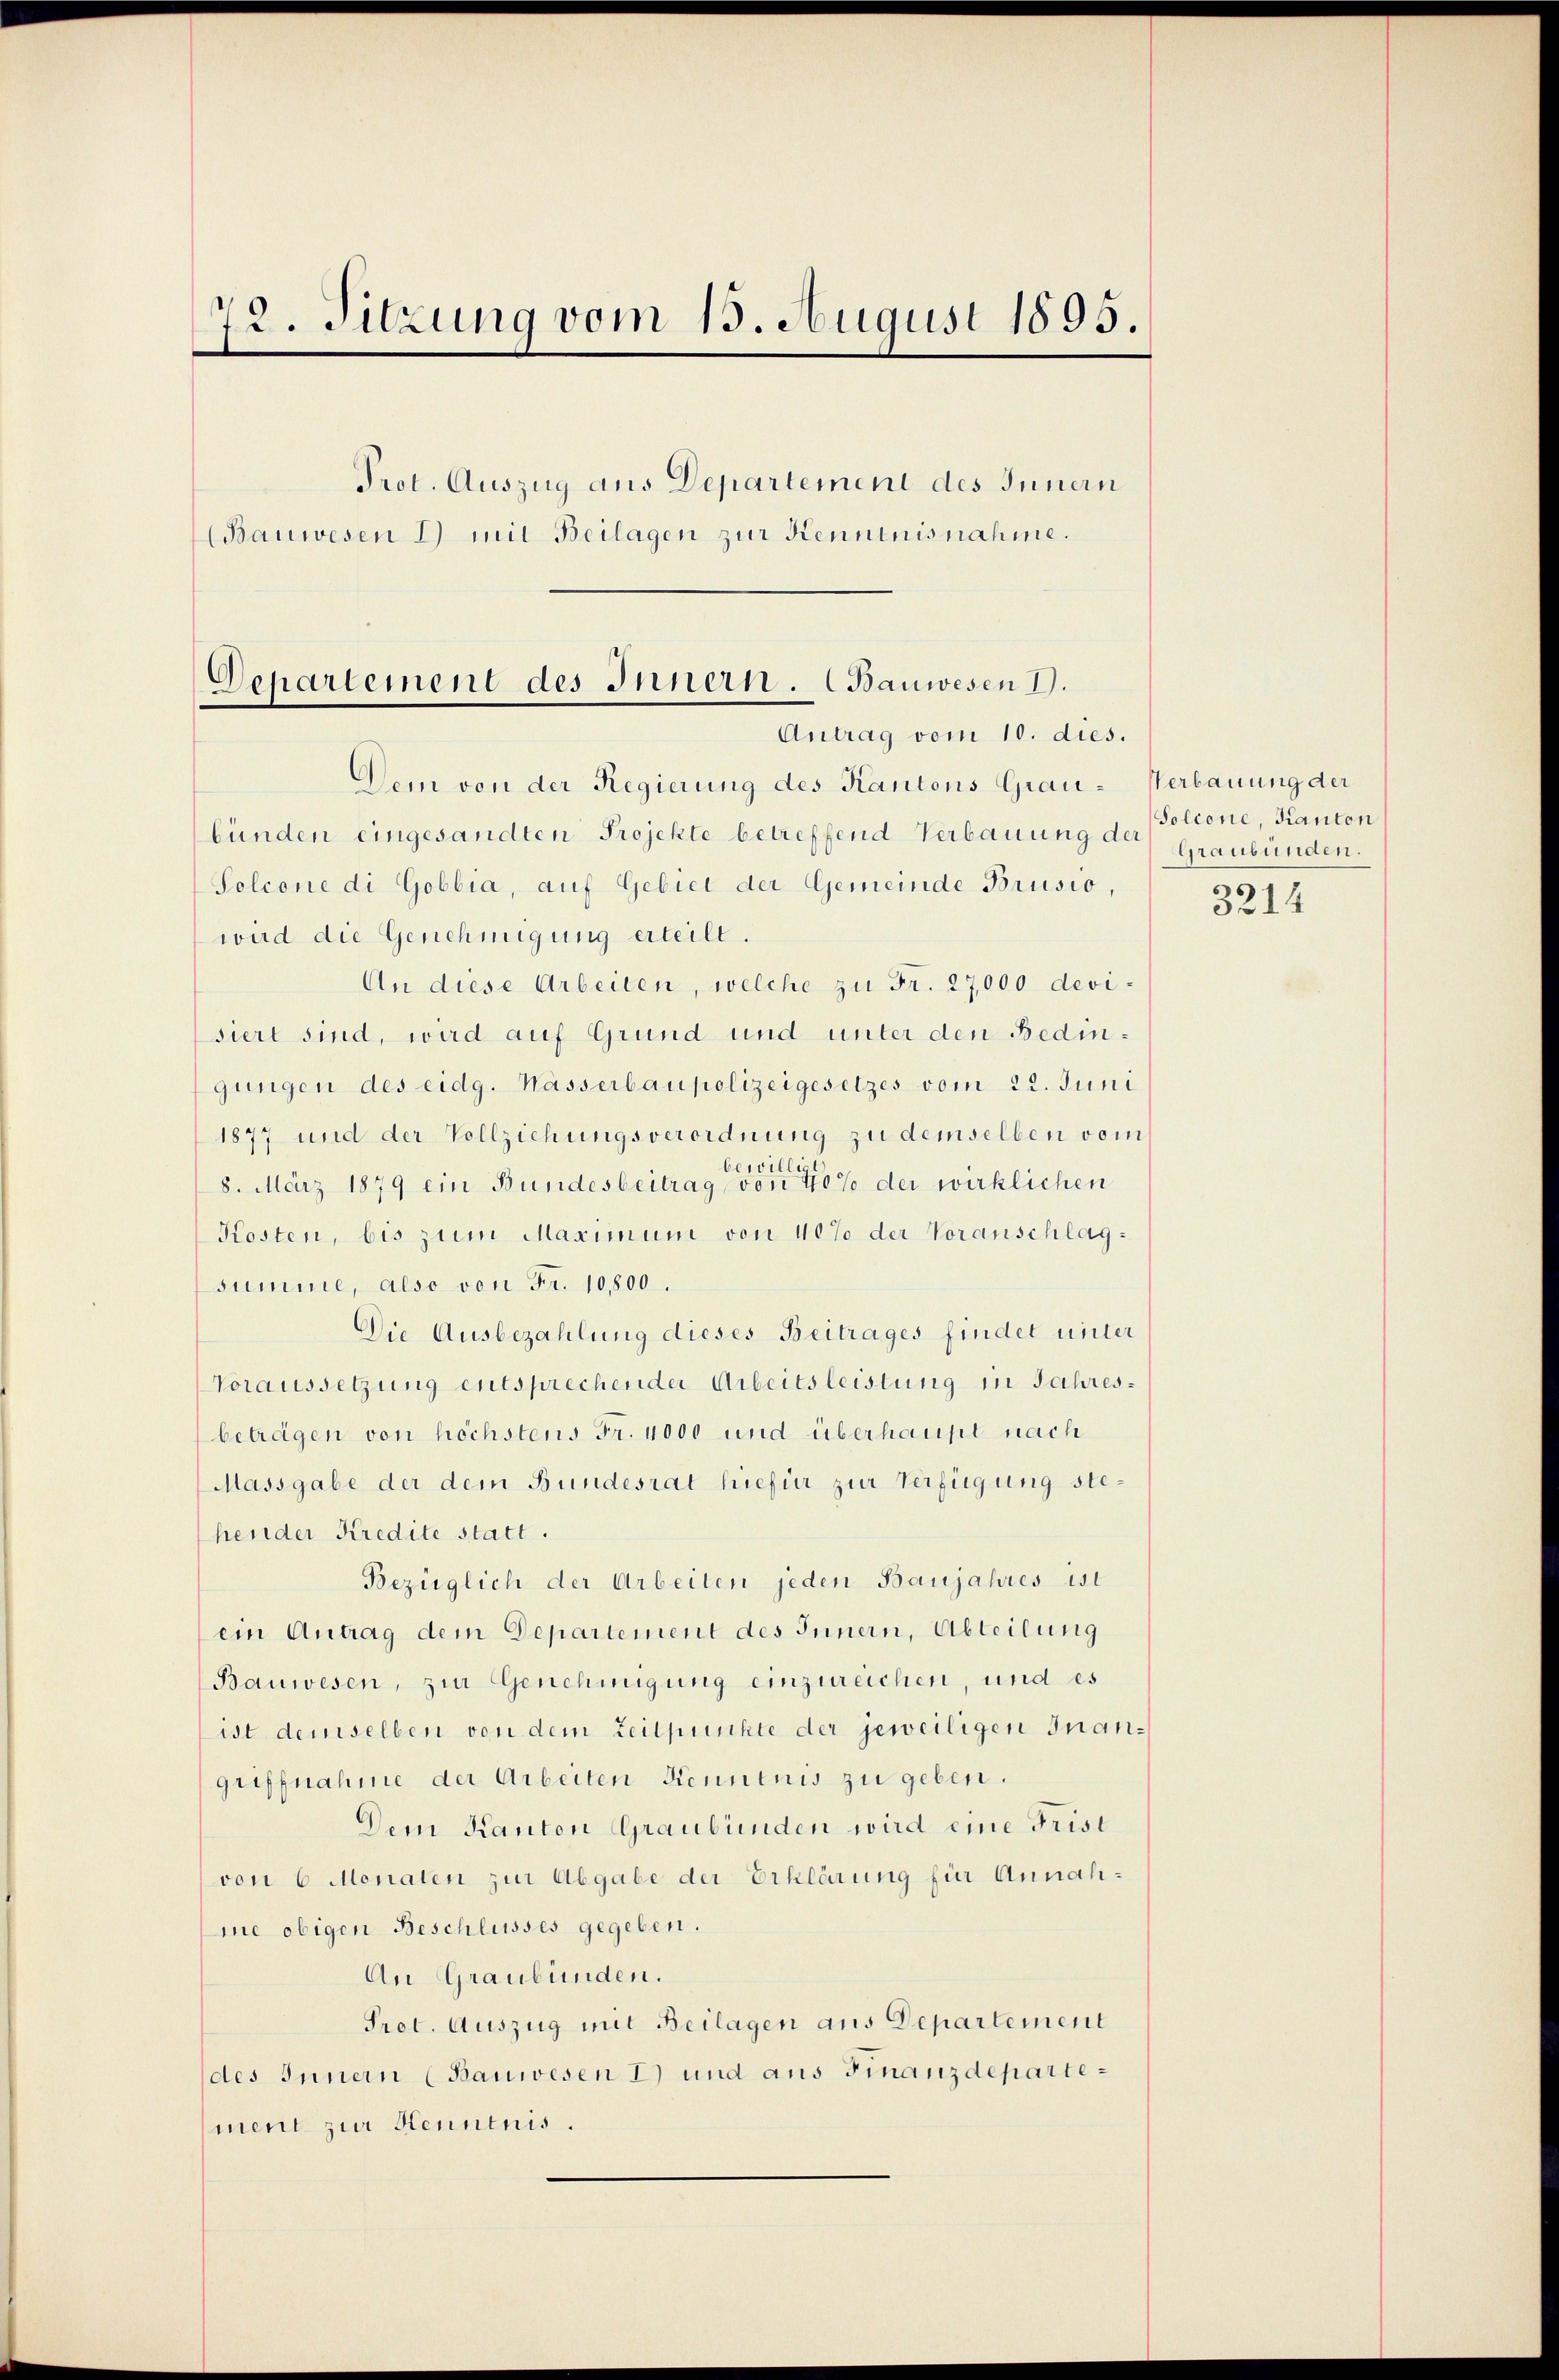
72. Sitzung vom 15. August 1895.
Prot. Auszug aus Departement des Innern
(Bauwesen 2) mit Beilagen zur Kenntnisnahme.

Departement des Innern. (Bauwesen 1.
Antrag vom 10. dies.

Dem von der Regierung des Kantons Grau-Verbauung der
bünden eingesandten Projekte betreffend Verbauung der
Solcone di Gobbia, auf Gebiet der Gemeinde Brusio,
wird die Genehmigung erteilt.
An diese Arbeiten, welche zu Fr. 27,000 devisiert sind, wird auf Grund und unter den Bedingungen des eidg. Wasserbaupolizeigesetzes vom 22. Juni
1877 und der Vollziehungsverordnung zu demselben vom
bewillig
8. März 1879 ein Bundesbeitrag von 40% der wirklichen
Kosten, bis zum Maximum von 40% der Voranschlagsumme, also von Fr. 10800.
Die Ausbezahlung dieses Beitrages findet unter
Voraussetzung entsprechender Arbeitsleistung in Jahresbeträgen von höchstens Fr. 4000 und überhaupt nach
Massgabe der dem Bundesrat hiefür zur Verfügung stehender Kredite statt.
Bezüglich der Arbeiten jeden Baujahres ist
ein Antrag dem Departement des Innern, Abteilung
Bauwesen, zur Genehmigung einzureichen, und es
ist demselben von dem Zeitpunkte der jeweiligen Inangriffnahme der Arbeiten Kenntnis zu geben.
Dem Kanton Graubünden wird eine Frist
von 6 Monaten zur Abgabe der Erklärung für Annahme obigen Beschlusses gegeben.
An Graubünden.
Prot. Auszug mit Beilagen aus Departement
des Innern (Bauwesen 1) und aus Finanzdepartement zur Henntnis.

Solione, Kanton
Graubünden.

3214